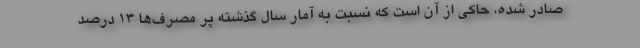
صادر شده، حاکی از آن است که نسبت به آمار سال گذشته پر مصرف‌ها ۱۳ درصد